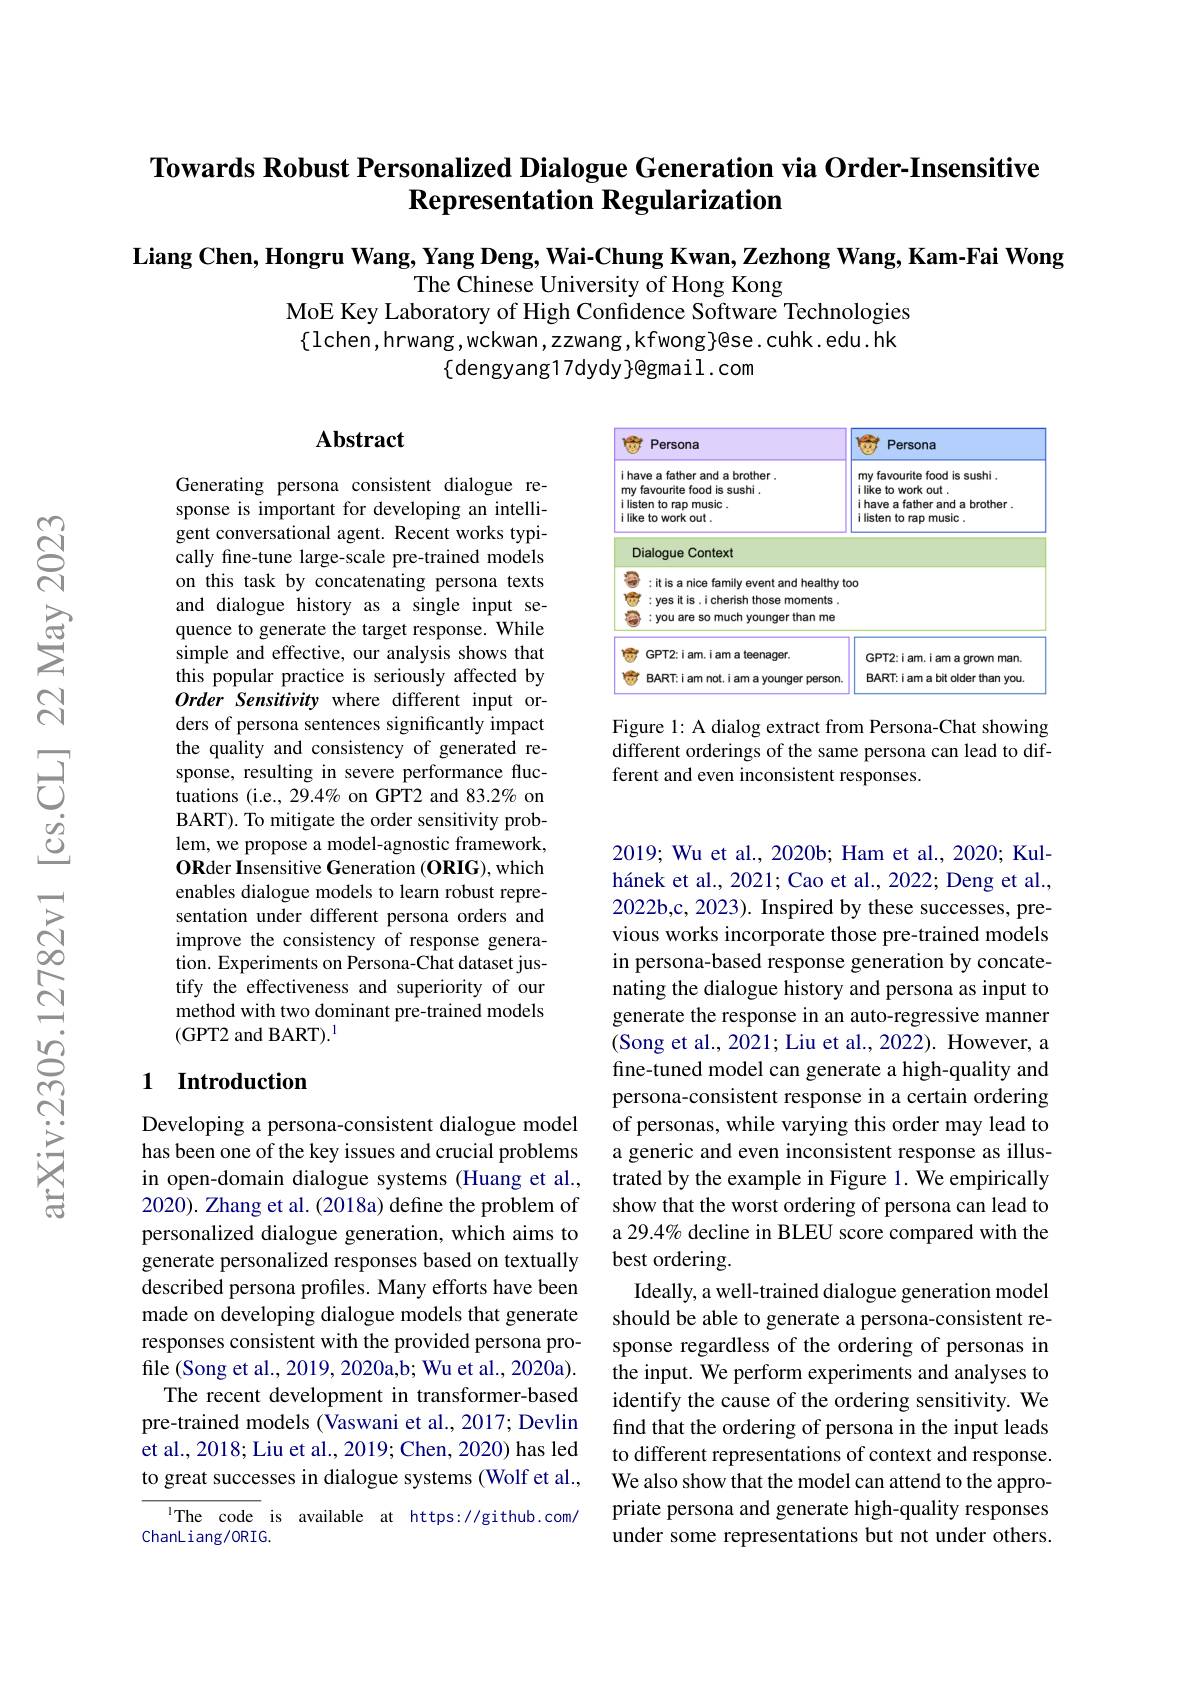
## Towards Robust Personalized Dialogue Generation via Order-Insensitive Representation Regularization

Liang Chen, Hongru Wang, Yang Deng, Wai-Chung Kwan, Zezhong Wang, Kam-Fai Wong

The Chinese University of Hong Kong
MoE Key Laboratory of High Confidence Software Technologies $\{$lchen,hrwang,wckwan,zzwang,kfwong$\}$@se.cuhk.edu.hk
$\{$dengyang17dydy$\}$@gmail.com

## Abstract

<FigureHere>

Figure 1: A dialog extract from Persona-Chat showing different orderings of the same persona can lead to different and even inconsistent responses.

Generating persona consistent dialogue response is important for developing an intelligent conversational agent. Recent works typically fine-tune large-scale pre-trained models on this task by concatenating persona texts and dialogue history as a single input sequence to generate the target response. While simple and effective, our analysis shows that this popular practice is seriously affected by Order Sensitivity where different input orders of persona sentences significantly impact the quality and consistency of generated response, resulting in severe performance fluctuations (i.e., 29.4% on GPT2 and 83.2% on BART). To mitigate the order sensitivity problem, we propose a model-agnostic framework, $\mathbf{OR}$der Insensitive Generation (ORIG), which enables dialogue models to learn robust representation under different persona orders and improve the consistency of response generation. Experiments on Persona-Chat dataset justify the effectiveness and superiority of our method with two dominant pre-trained models (GPT2 and BART$).^1$

## 1 Introduction

2019; Wu et al., 2020b; Ham et al., 2020; Kulhánek et al., 2021; Cao et al., 2022; Deng et al., 2022b,c, 2023). Inspired by these successes, previous works incorporate those pre-trained models in persona-based response generation by concatenating the dialogue history and persona as input to generate the response in an auto-regressive manner (Song et al., 2021; Liu et al., 2022). However, a fine-tuned model can generate a high-quality and persona-consistent response in a certain ordering of personas, while varying this order may lead to a generic and even inconsistent response as illustrated by the example in Figure 1. We empirically show that the worst ordering of persona can lead to a 29.4% decline in BLEU score compared with the best ordering.
Ideally, a well-trained dialogue generation model should be able to generate a persona-consistent response regardless of the ordering of personas in the input. We perform experiments and analyses to identify the cause of the ordering sensitivity. We find that the ordering of persona in the input leads to different representations of context and response. We also show that the model can attend to the appropriate persona and generate high-quality responses under some representations but not under others.

Developing a persona-consistent dialogue model has been one of the key issues and crucial problems in open-domain dialogue systems (Huang et al., 2020). Zhang et al. (2018a) define the problem of personalized dialogue generation, which aims to generate personalized responses based on textually described persona profiles. Many efforts have been made on developing dialogue models that generate responses consistent with the provided persona profile (Song et al., 2019, 2020a,b; Wu et al., 2020a).
The recent development in transformer-based pre-trained models (Vaswani et al., 2017; Devlin et al., 2018; Liu et al., 2019; Chen, 2020) has led to great successes in dialogue systems (Wolf et al.,

$^{1}$The code is available at https://github.com/
ChanLiang/0RIG.